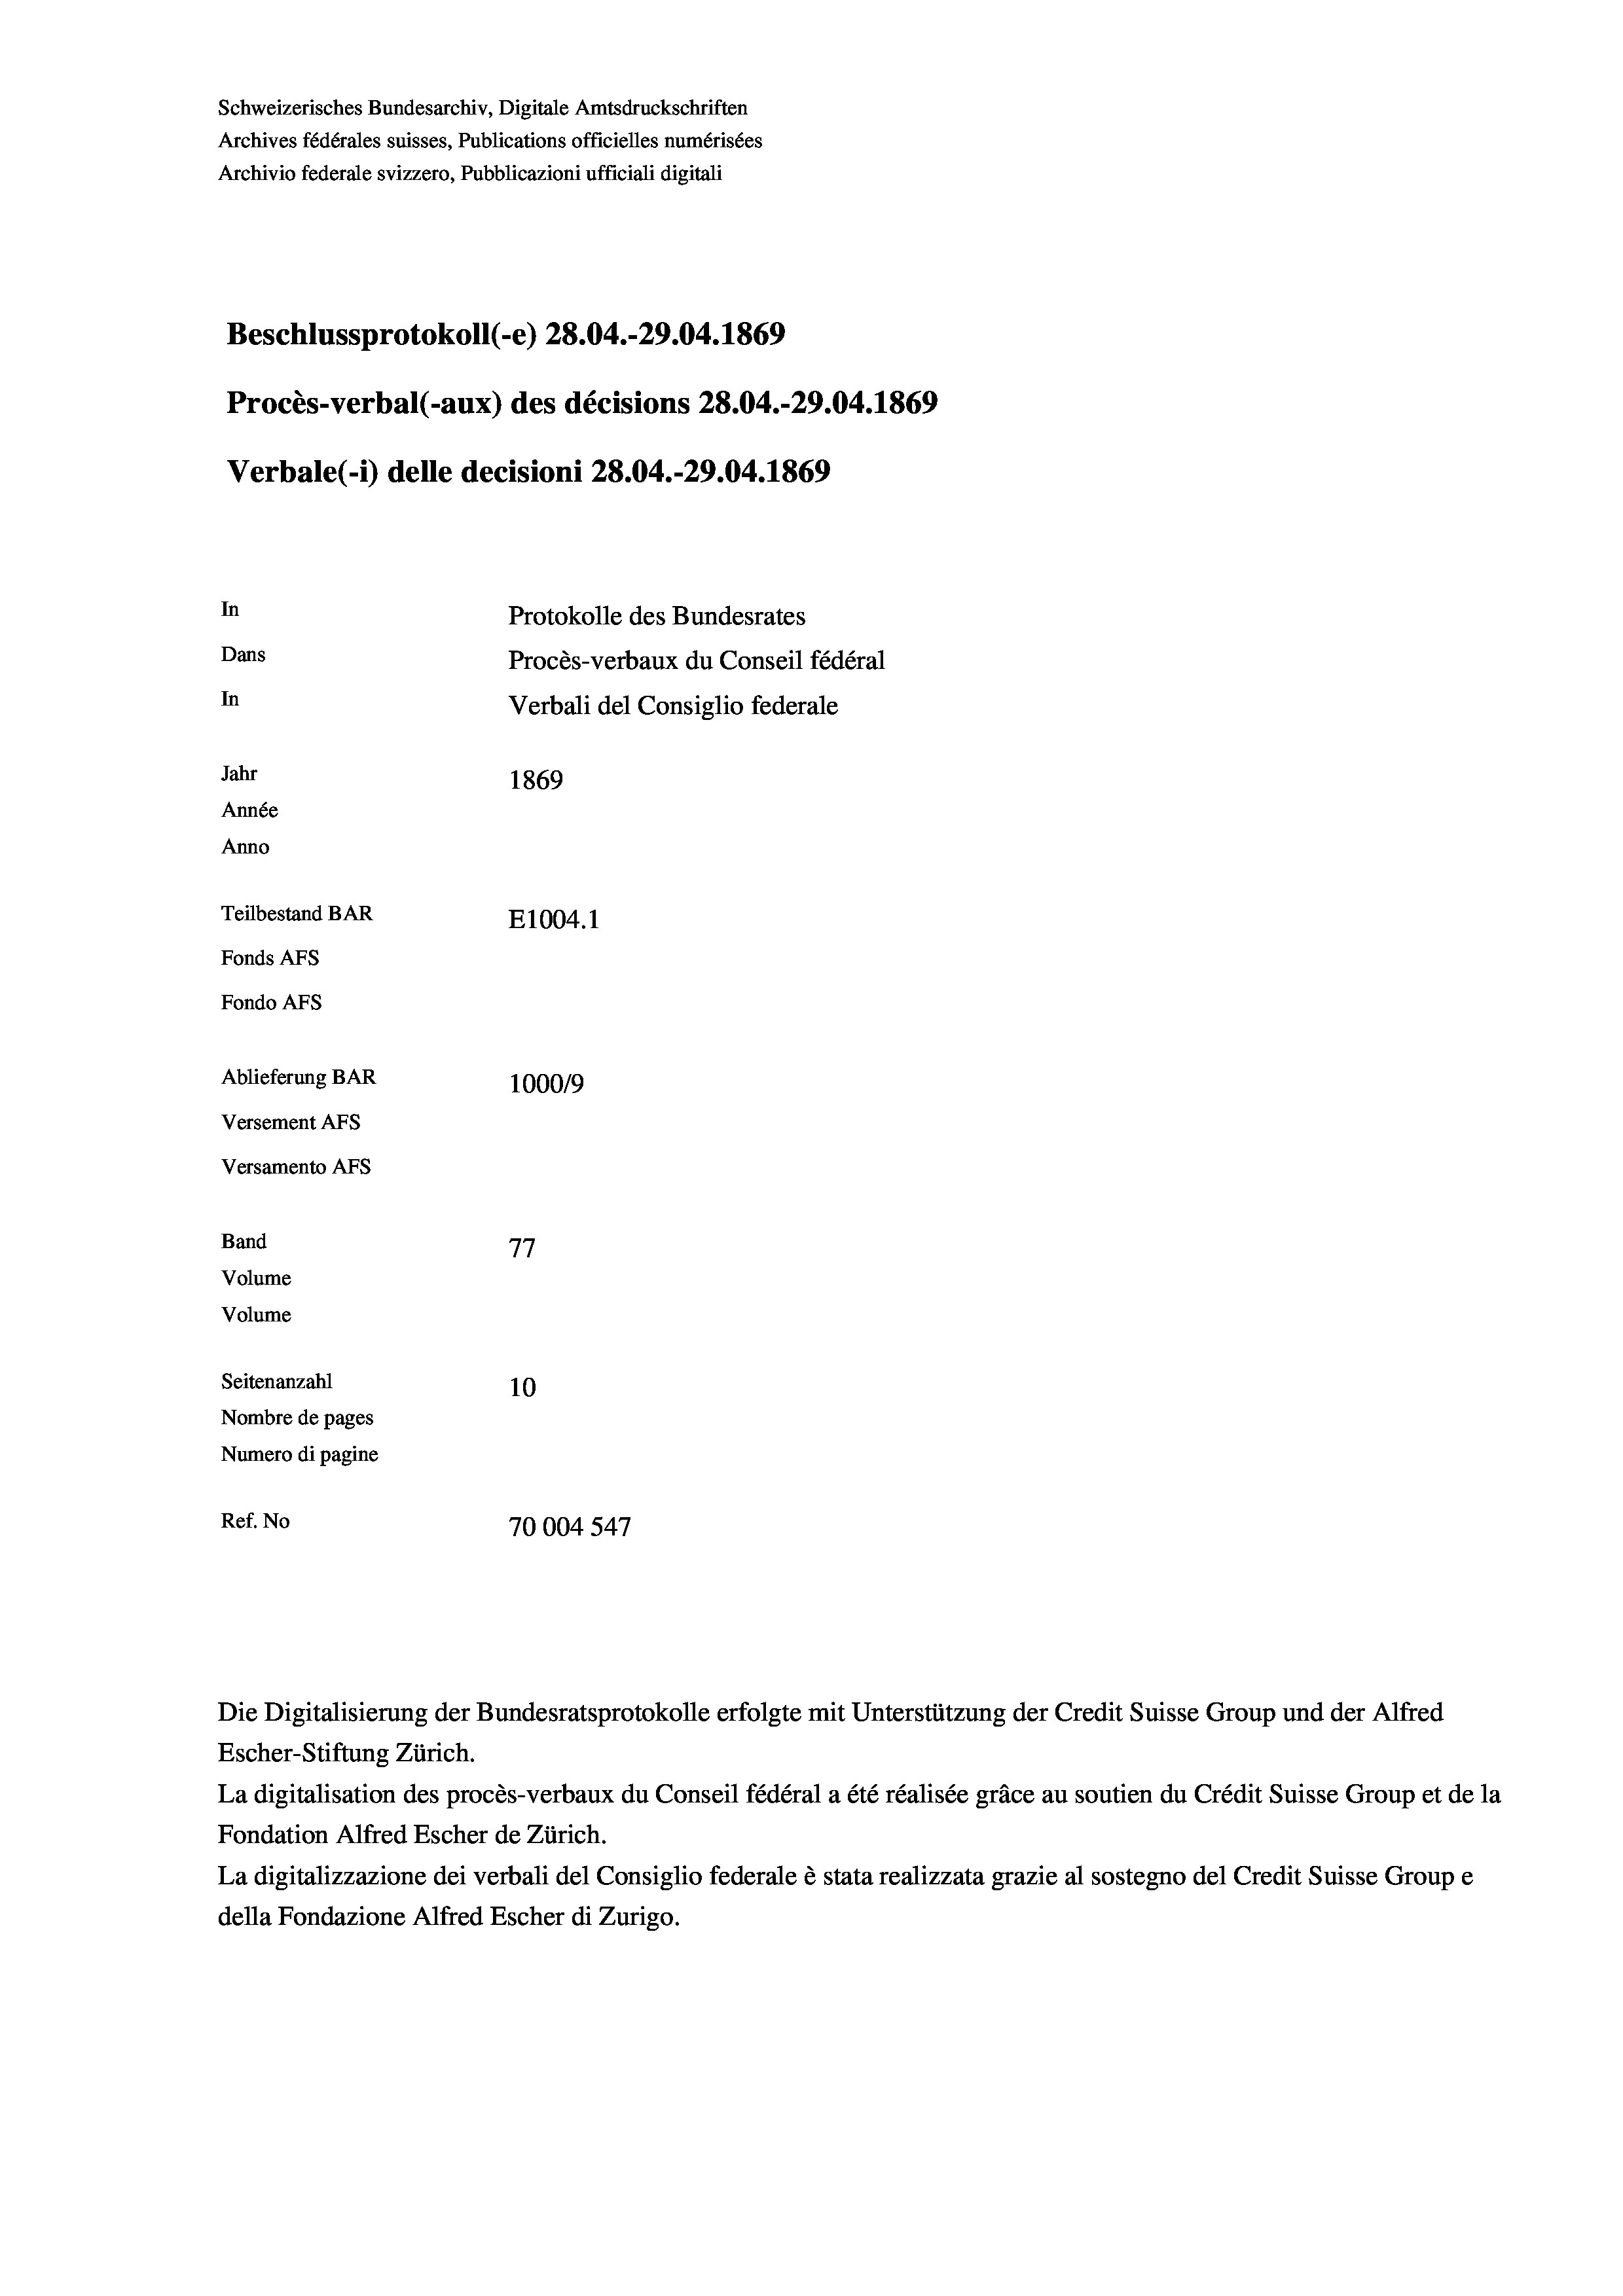
Beschlussprotokoll (-e) 28.04.-29.04. 1869
Procès-verbal (-aux) des décisions 28.04.-29.04. 1869
In
Protokolle des Bundesrates
Dans
Procès-verbaux du Conseil fédéral
In
Verbali del Consiglio federale
Jahr
1869
Année
Anno
Teilbestand BAR
E1004.1
Fonds AFs
Fondo Afs
Ablieferung BAR
100019
Versement AFs

Versamento AFs
Band

77
Volume
Volume
Seitenanzahl
10
Nombre de pages
Numero di pagine
Ref. No
70004 547

Schweizerisches Bundesarchiv, Digitale Amtsdruckschriften
Archives fédérales suisses, Publications officielles numérisées
Archivio federale svizzero, Pubblicazioni ufficiali digitali

Verbale (1) delle decisioni 28.04.-29.04. 1869

Die Digitalisierung der Bundesratsprotokolle erfolgte mit Unterstützung der Credit Suisse Group und der Alfred

Escher-Stiftung Zürich.
La digitalisation des procès-verbaux du Conseil fédéral a été réalisée gräce au soutien du Crédit Suisse Group et de la
Fondation Alfred Escher de Zürich.
La digitalizzazione dei verbali del Consiglio federale è stata realizzata grazie al sostegno del Credit Suisse Groupe
della Fondazione Alfred Escher di Zurigo.